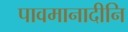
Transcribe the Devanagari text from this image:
पावमानादीनि